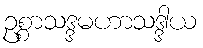
ဥစ္စာသဒ္ဒမဟာသဒ္ဒါယ